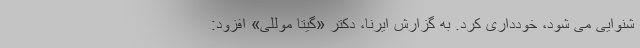
شنوایی می شود، خودداری کرد. به گزارش ایرنا، دکتر «گیتا موللی» افزود: